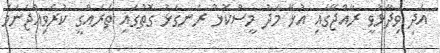
އަދި ވިދާޅުވީ ރާއްޖޭގައި އުޅޭ މަދު މީސްކޮޅު ރަނގަޅު ގޮތުގައި ތަރައްގީ ކުރެވިއްޖެނަމަ